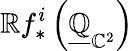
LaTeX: \mathbb{R}f_{*}^{i}\left({\underline{{\mathbb{Q}}}}_{\mathbb{C}^{2}}\right)